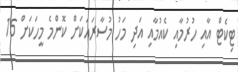
ޓިކެޓް އާއި ހުރުމާއި ކެއުމާއި އަދި މަހު މުސާރައަކަށް ކޮންމެ މީހަކަށް 15